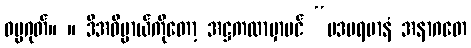
ဓမ္မဂုတ်။ ။ ဒီအဓိပ္ပာယ်ကိုတော့ အဋ္ဌကထာမှာပင် “ပဒပရမာနံ အနာဂတေ